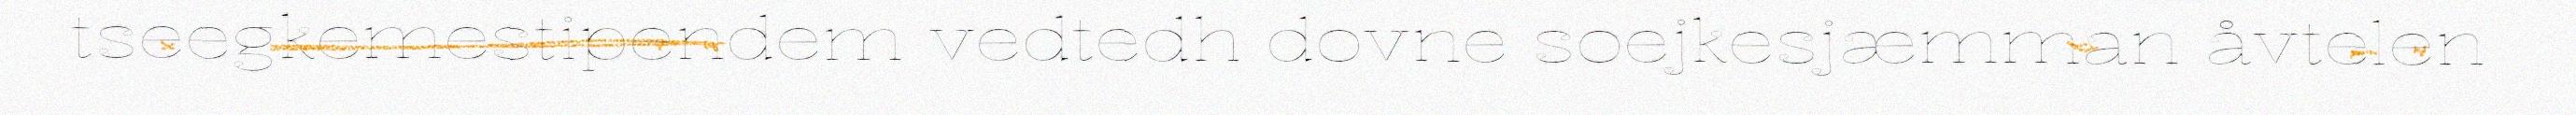
tseegkemestipendem vedtedh dovne soejkesjæmman åvtelen